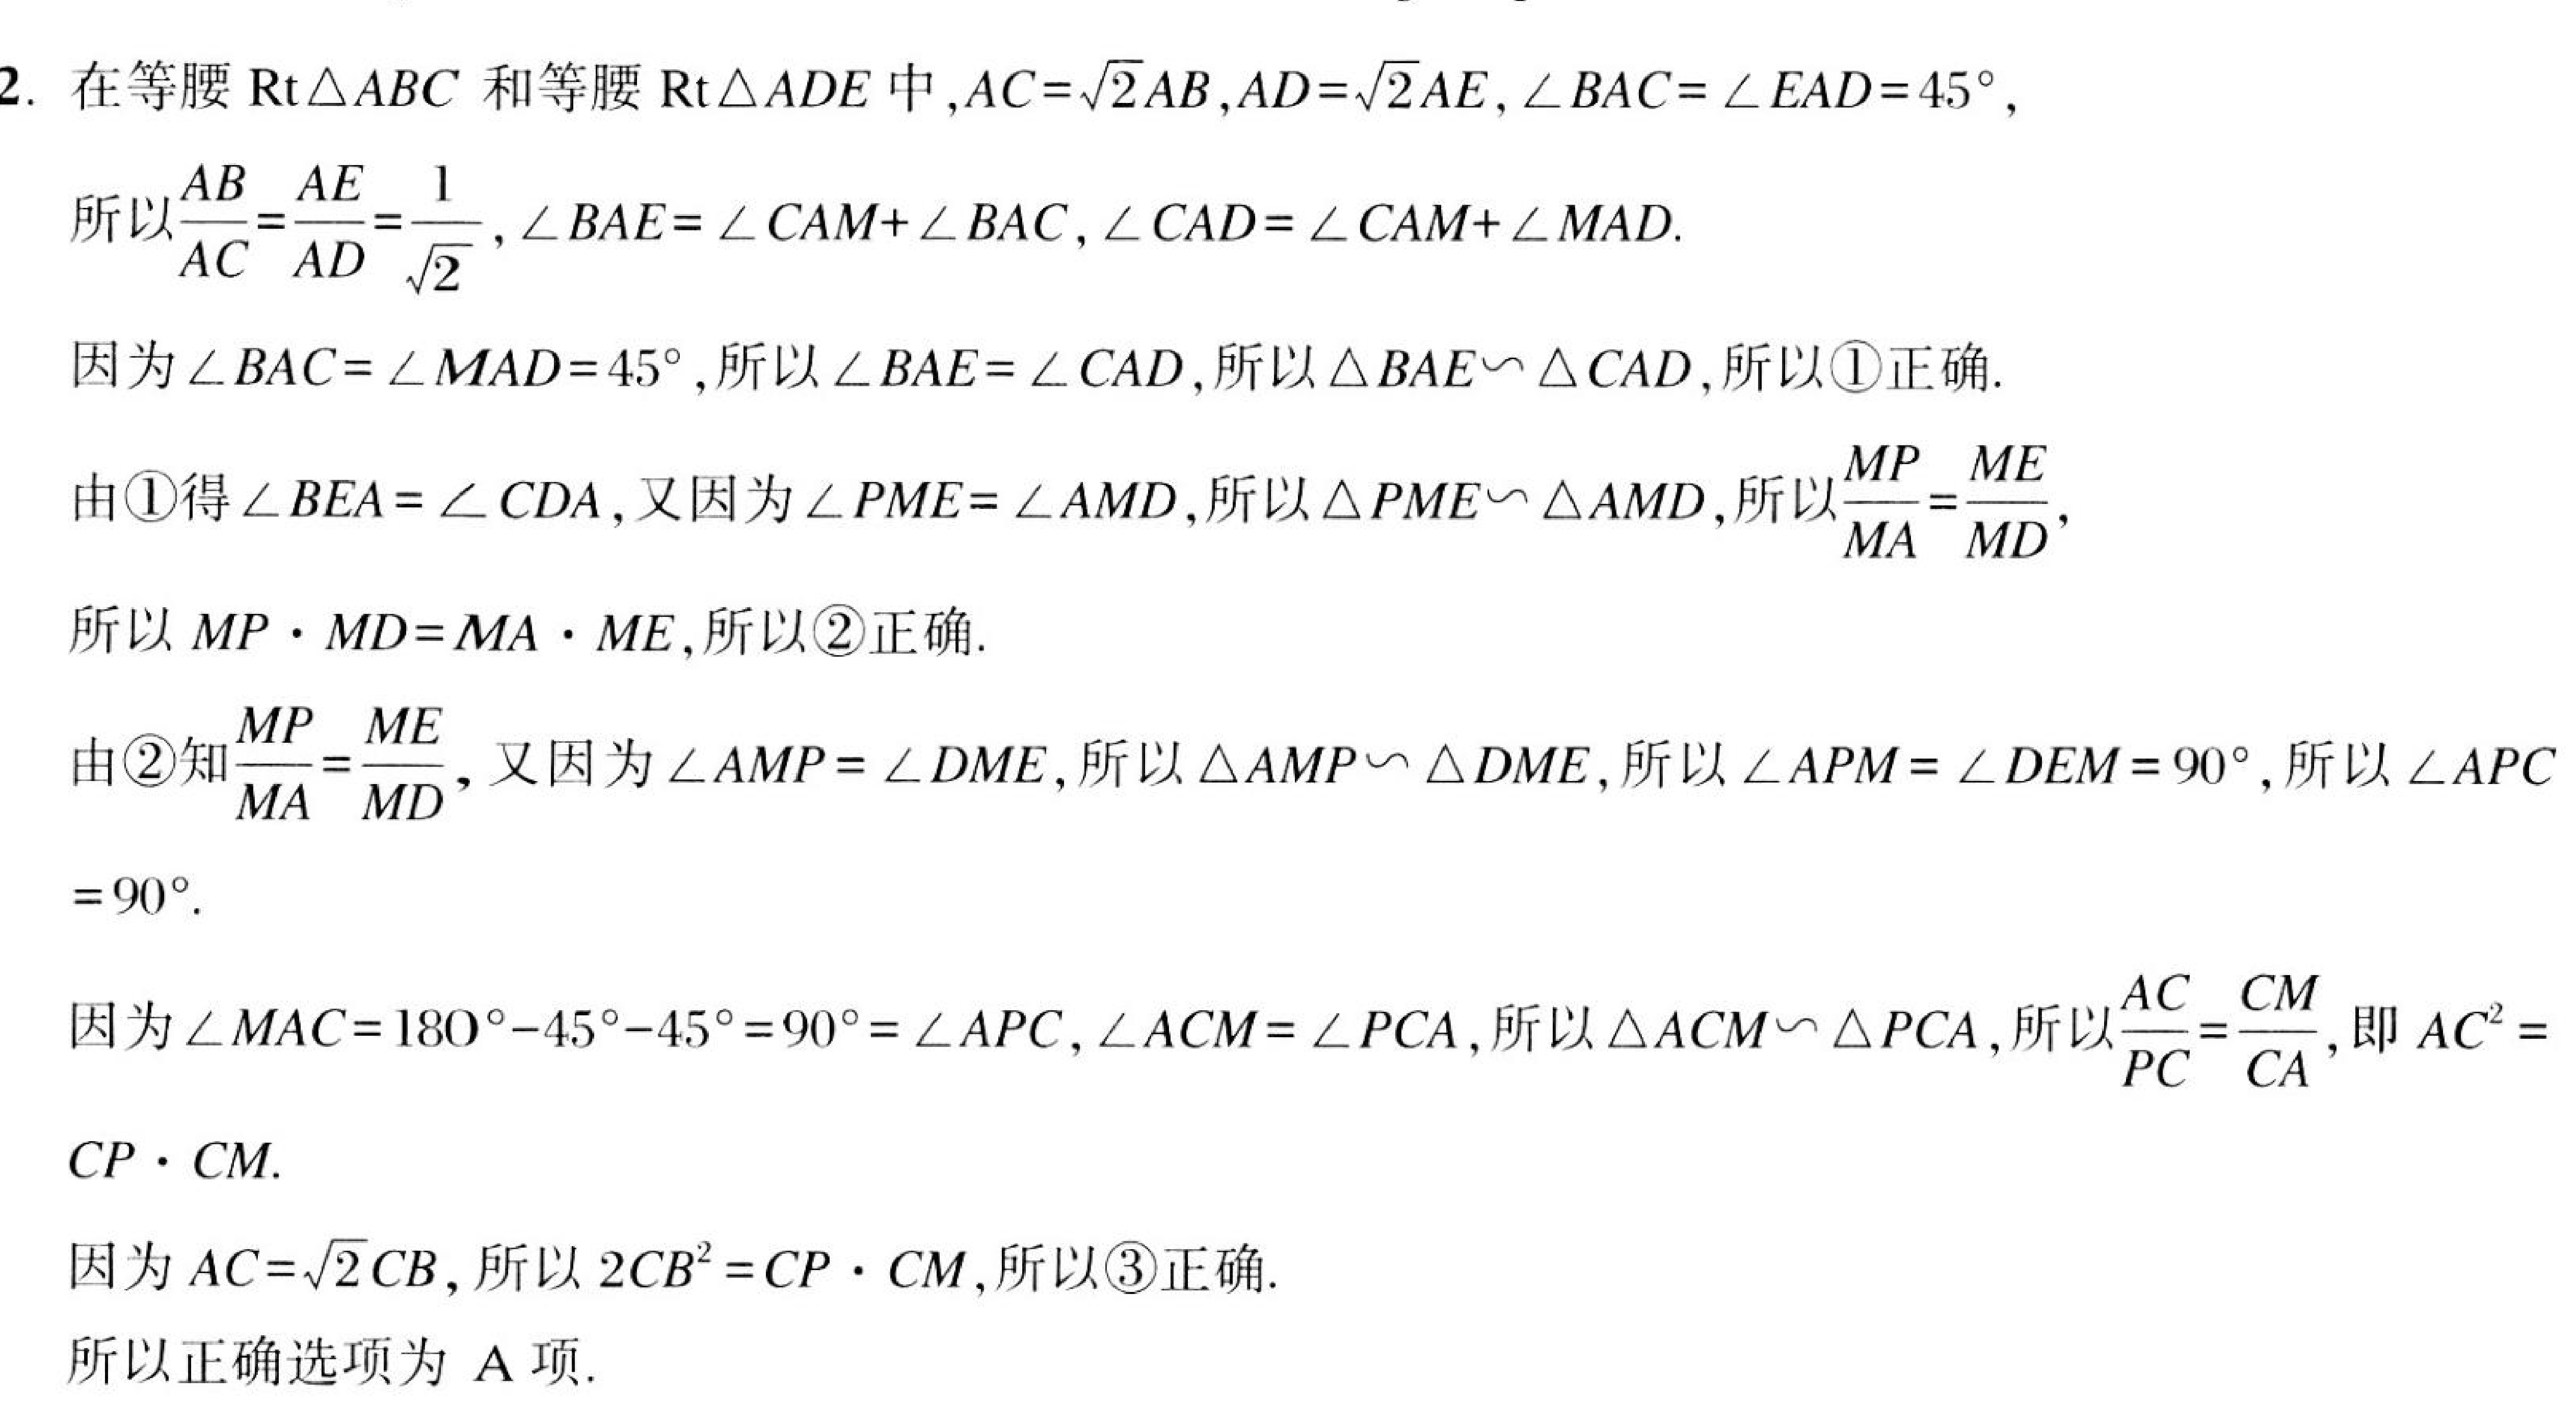
2. 在等腰$\text{Rt}\triangle ABC$和等腰$\text{Rt}\triangle ADE$中,$AC = \sqrt{2}AB$,$AD = \sqrt{2}AE$,$\angle BAC=\angle EAD = 45^{\circ}$,
所以$\frac{AB}{AC}=\frac{AE}{AD}=\frac{1}{\sqrt{2}}$,$\angle BAE=\angle CAM+\angle BAC$,$\angle CAD=\angle CAM+\angle MAD$.
因为$\angle BAC=\angle MAD = 45^{\circ}$,所以$\angle BAE=\angle CAD$,所以$\triangle BAE\backsim\triangle CAD$,所以\textcircled{1}正确.
由\textcircled{1}得$\angle BEA=\angle CDA$,又因为$\angle PME=\angle AMD$,所以$\triangle PME\backsim\triangle AMD$,所以$\frac{MP}{MA}=\frac{ME}{MD}$,
所以$MP\cdot MD = MA\cdot ME$,所以\textcircled{2}正确.
由\textcircled{2}知$\frac{MP}{MA}=\frac{ME}{MD}$, 又因为$\angle AMP=\angle DME$,所以$\triangle AMP\backsim\triangle DME$,所以$\angle APM=\angle DEM = 90^{\circ}$,所以$\angle APC$
$= 90^{\circ}$.
因为$\angle MAC=180^{\circ}-45^{\circ}-45^{\circ}=90^{\circ}=\angle APC$,$\angle ACM=\angle PCA$,所以$\triangle ACM\backsim\triangle PCA$,所以$\frac{AC}{PC}=\frac{CM}{CA}$,即$AC^{2} =$
$CP\cdot CM$.
因为$AC = \sqrt{2}CB$,所以$2CB^{2}=CP\cdot CM$,所以\textcircled{3}正确.
所以正确选项为 A项.